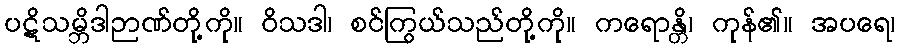
ပဋိသမ္ဘိဒါဉာဏ်တို့ကို။ ဝိသဒါ၊ စင်ကြွယ်သည်တို့ကို။ ကရောန္တိ၊ ကုန်၏။ အပရေ၊